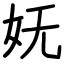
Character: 妩